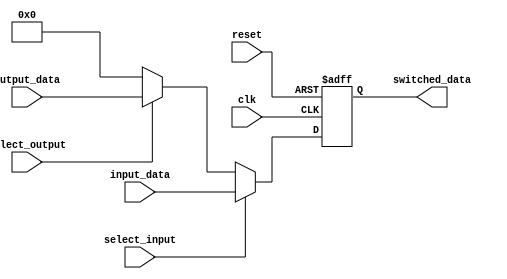
module IO_Bus_Switch (
    input wire [7:0] input_data,
    input wire [7:0] output_data,
    input wire clk,
    input wire reset,
    input wire select_input,
    input wire select_output,
    output reg [7:0] switched_data
);

always @ (posedge clk or posedge reset) begin
    if (reset) begin
        switched_data <= 8'b00000000;
    end else begin
        if (select_input) begin
            switched_data <= input_data;
        end else if (select_output) begin
            switched_data <= output_data;
        end else begin
            switched_data <= 8'b00000000;
        end
    end
end

endmodule